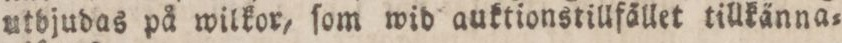
utbjudas på wilkor, ſom wid auktionstillfället tillkänna=